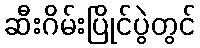
ဆီးဂိမ်းပြိုင်ပွဲတွင်